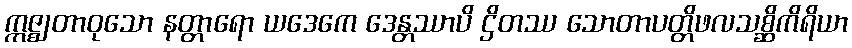
ဣဇ္ဈတာဝုသော နတ္တာရော ယဒေကေ ဒေန္တဿာပိ ဌိတဿ သောတာပတ္တိဖလသစ္ဆိကိရိယာ